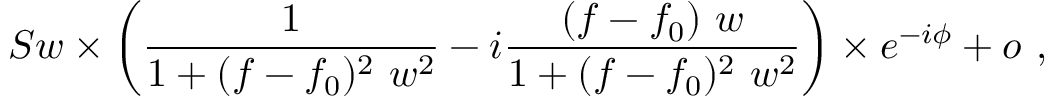
S w \times \left( \frac { 1 } { 1 + ( f - f _ { 0 } ) ^ { 2 } \ w ^ { 2 } } - i \frac { ( f - f _ { 0 } ) \ w } { 1 + ( f - f _ { 0 } ) ^ { 2 } \ w ^ { 2 } } \right) \times e ^ { - i \phi } + o \ ,